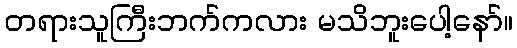
တရားသူကြီးဘက်ကလား မသိဘူးပေါ့နော်။